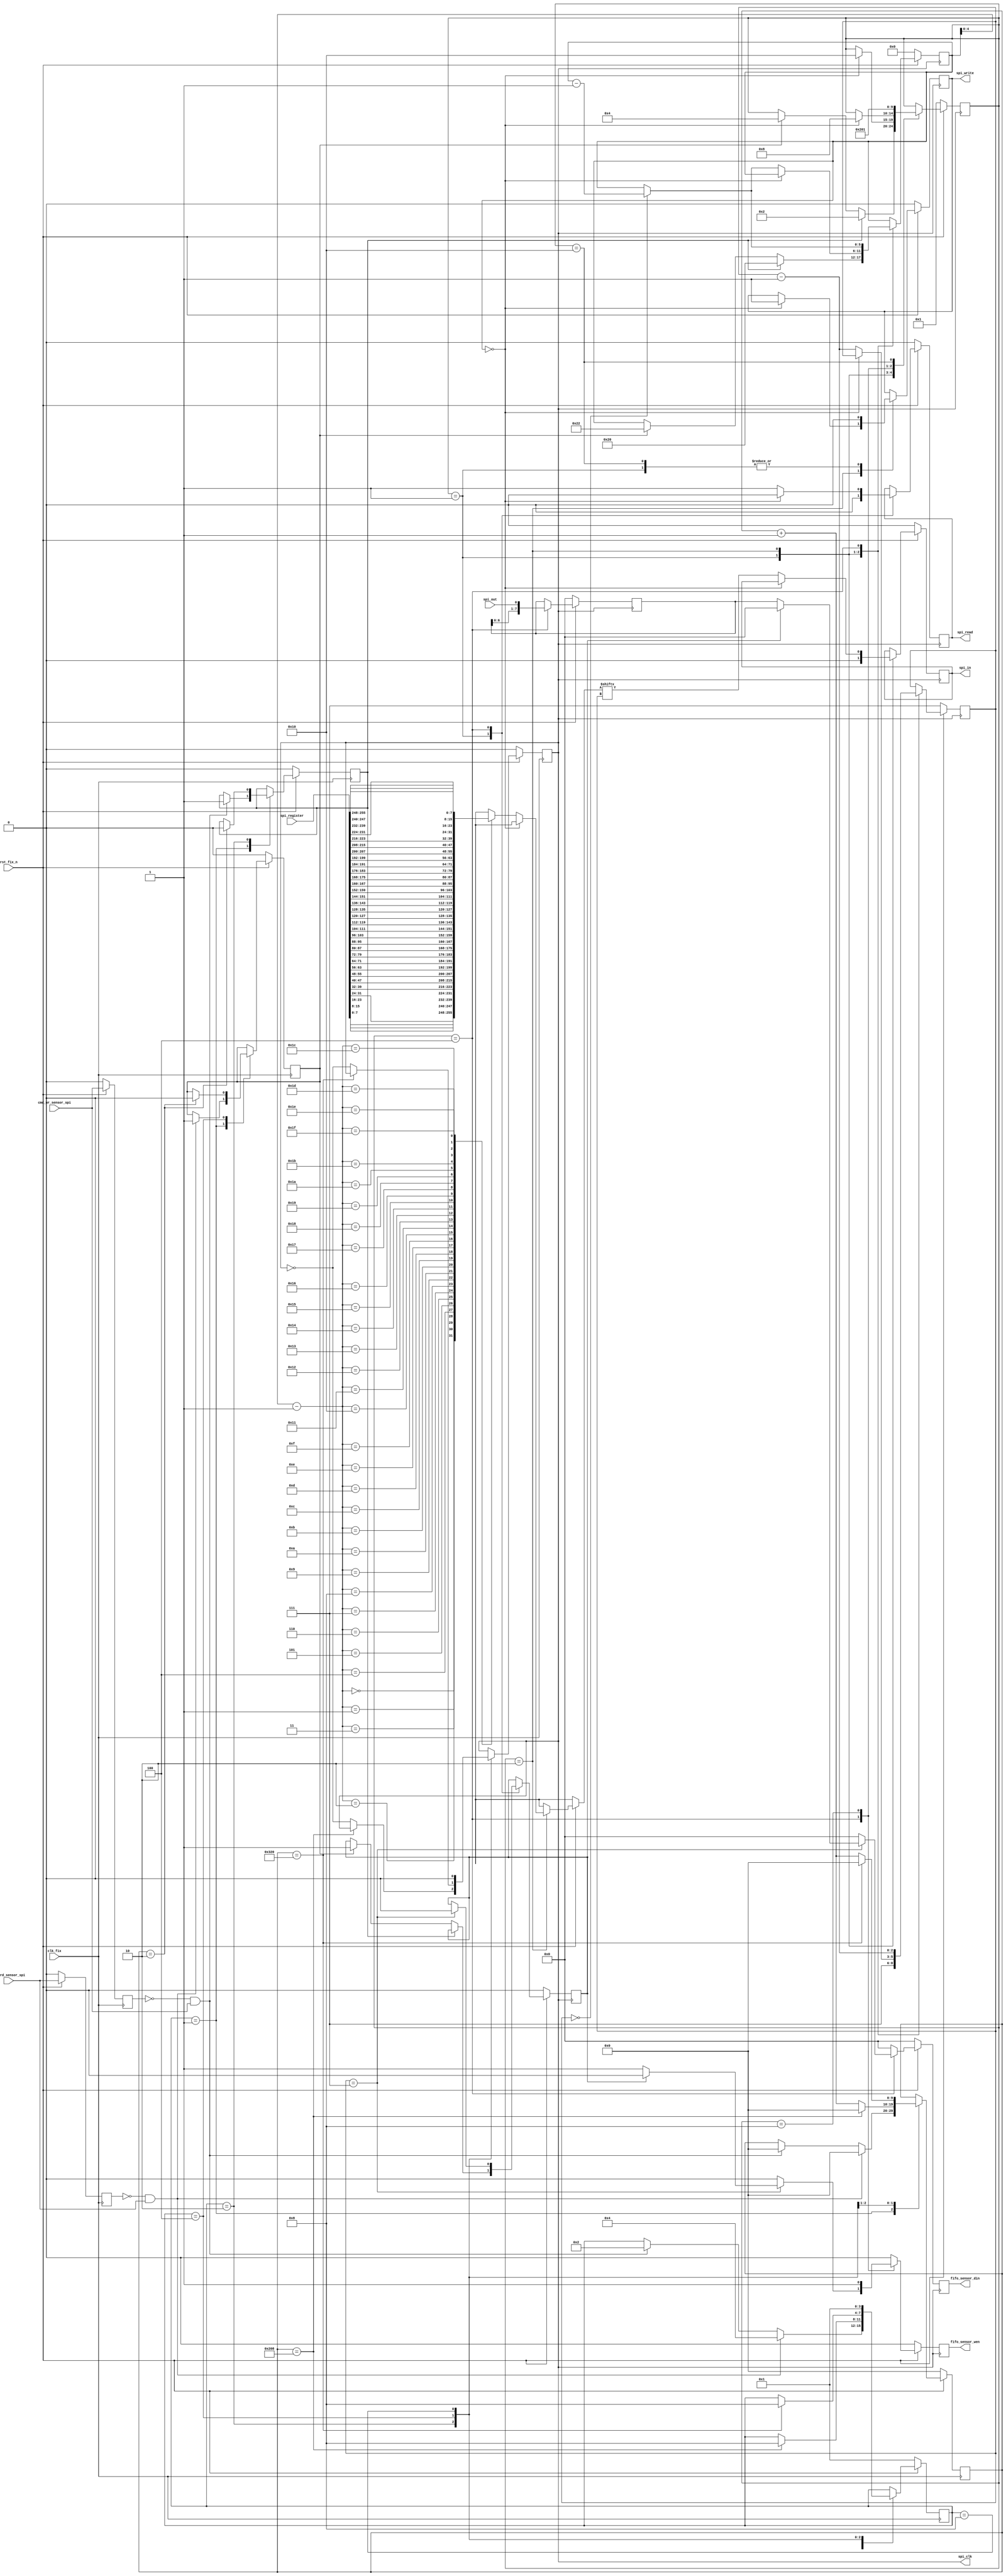
`timescale 1ns / 1ps
//////////////////////////////////////////////////////////////////////////////////
// Company: 			Gpixel
// 
// Module Name:    	sensor_spi 
// Project Name: 		GVISION200
// Target Devices: 	Spartan-6 xc6slx150-3fg900
// Tool versions: 	ISE13.1
// Description: 		Gvision200 5-wire spi, to write and read Gvision400 register
// Revision: 
// 		V1.0-First created
//////////////////////////////////////////////////////////////////////////////////
module sensor_spi(clk_fix, rst_fix_n, 
	cmd_wr_sensor_spi, cmd_rd_sensor_spi,
	spi_register,
	spi_out, spi_clk, spi_write, spi_in, spi_read,
	fifo_sensor_wen, fifo_sensor_din
	);

	// clock & reset
	input				clk_fix;
	input				rst_fix_n;
	
	// cmd
	input				cmd_wr_sensor_spi;
	input				cmd_rd_sensor_spi;
	
	// rb2 interface
	input  [255:0]	spi_register;
	
	// spi_io
	input				spi_out;
	output			spi_clk;
	output			spi_write;
	output			spi_in;
	output			spi_read;
	
	// data interface
	output			fifo_sensor_wen;
	output [7:0]	fifo_sensor_din;
	
	
	reg 			 	spi_write;
	reg 			 	spi_in;
	reg 			 	spi_read;
	
	reg 			 	fifo_sensor_wen;
	reg  [7:0] 	 	fifo_sensor_din;
	
	reg				rst_spll_n;

	reg  [9:0]		cnt_spi_clk;
	reg				spi_clk_out;
	reg				cmd_wr_sensor_spi_q;
	reg				cmd_rd_sensor_spi_q;
	reg  [3:0]		fsm_gen_spi_clk;
	parameter		s_GEN_CLK_IDLE		= 4'b0001,
						s_GEN_CLK_WR		= 4'b0010,
						s_GEN_CLK_RD		= 4'b0100,
						s_GEN_CLK_FINISH	= 4'b1000;

	wire [7:0]		rb2 [31:0];
	
	reg [2:0] 	 	reg_cnt_bit;					// counter for bits
	reg [5:0] 	 	reg_cnt_byte;					// counter for bytes
	reg [7:0] 	 	reg_spi_dout;					// buffer for read sensor spi data
	reg 		 	 	reg_rd_flag;

	reg [4:0] 	 	fsm_sensor_spi;				// FSM
	parameter 	 	s_IDLE 			= 5'b00001,
						s_TRANSMITTER 	= 5'b00010,
						s_RECEIVER 		= 5'b00100,
						s_WRITE_ZERO	= 5'b01000,
						s_FINISH 		= 5'b10000;
	
	reg				wr_flag;
	reg				rd_flag;
	
	genvar i;
	// store sensor register data to memory
	generate
		for(i = 0; i < 32; i = i+1) begin: loop
			assign rb2[i] = spi_register[i*8+7: i*8];
		end
	endgenerate
	
	// gen_spi_clk
	always @(posedge clk_fix) begin
		if (!rst_fix_n) begin
			cnt_spi_clk					<= 10'd0;
			spi_clk_out					<= 1'b0;
			
			cmd_wr_sensor_spi_q		<= 1'b0;
			cmd_rd_sensor_spi_q		<= 1'b0;
			
			fsm_gen_spi_clk			<= s_GEN_CLK_IDLE;
			
			wr_flag						<= 1'b0;
			rd_flag						<= 1'b0;
		end
		else begin
			cmd_wr_sensor_spi_q		<= cmd_wr_sensor_spi;
			cmd_rd_sensor_spi_q		<= cmd_rd_sensor_spi;
			
			case (fsm_gen_spi_clk)
				s_GEN_CLK_IDLE:	begin
					if (cmd_wr_sensor_spi_q == 1'b0 && cmd_wr_sensor_spi == 1'b1) begin
						fsm_gen_spi_clk	<= s_GEN_CLK_WR;
						cnt_spi_clk			<= 10'd0;
						wr_flag				<= 1'b1;
					end
					if (cmd_rd_sensor_spi_q == 1'b0 && cmd_rd_sensor_spi == 1'b1) begin
						fsm_gen_spi_clk	<= s_GEN_CLK_RD;
						cnt_spi_clk			<= 10'd0;
						rd_flag				<= 1'b1;
					end
				end
				s_GEN_CLK_WR:		begin
					if (cnt_spi_clk == 10'd520) begin
						cnt_spi_clk			<= 10'd0;
						fsm_gen_spi_clk	<= s_GEN_CLK_FINISH;
					end
					else begin
						cnt_spi_clk			<= cnt_spi_clk + 10'd1;
						spi_clk_out			<= ~ spi_clk_out;
					end
					
					if (cnt_spi_clk == 10'd2) begin
						wr_flag				<= 1'b0;
					end
				end
				s_GEN_CLK_RD:		begin
					if (cnt_spi_clk == 10'd800) begin
						cnt_spi_clk			<= 10'd0;
						fsm_gen_spi_clk	<= s_GEN_CLK_FINISH;
					end
					else begin
						cnt_spi_clk			<= cnt_spi_clk + 10'd1;
						spi_clk_out			<= ~ spi_clk_out;
					end
					
					if (cnt_spi_clk == 10'd2) begin
						rd_flag				<= 1'b0;
					end
				end
				s_GEN_CLK_FINISH:	begin
					fsm_gen_spi_clk	<= s_GEN_CLK_IDLE;
					spi_clk_out			<= 1'b0;
				end
			endcase
		end
	end
	
	assign spi_clk	= spi_clk_out;

	always @(negedge spi_clk) begin
		if (!rst_fix_n) begin
			fsm_sensor_spi 	<= s_IDLE;
			spi_write 			<= 0;
			spi_read 			<= 0;
			spi_in 				<= 0;
			reg_cnt_bit			<= 3'b111;
			reg_cnt_byte		<= 6'b00_0000;
			reg_spi_dout		<= 8'b0000_0000;
			reg_rd_flag			<= 0;
			
			fifo_sensor_wen 	<= 0;
			fifo_sensor_din	<= 0;
		end
		
		else begin
		
			fifo_sensor_wen	<= 0;
			fifo_sensor_din	<= 0;
			
			case (fsm_sensor_spi)
				s_IDLE:			begin
										spi_write 		<= 0;
										spi_read 		<= 0;
										spi_in 			<= 0;
										reg_cnt_bit		<= 3'b111;

										if (wr_flag == 1'b1)begin
											fsm_sensor_spi		<= s_TRANSMITTER;
											reg_cnt_byte		<= 6'b10_0000;
										end
										else begin 
											if(rd_flag == 1'b1) begin
												fsm_sensor_spi		<= s_RECEIVER;
												reg_cnt_byte		<= 6'b10_0010;
												reg_rd_flag			<= 1;
											end
										end
									end
									
				s_TRANSMITTER:	begin
										if (reg_cnt_byte == 6'b00_0000) begin
											fsm_sensor_spi 	<= s_FINISH;
											spi_write 			<= 1;
										end
										else begin
											if (reg_cnt_bit == 3'b000) begin
												reg_cnt_bit 	<= 3'b111;
												reg_cnt_byte 	<= reg_cnt_byte - 6'd1;
											end
											spi_in				<= rb2[reg_cnt_byte-1][reg_cnt_bit];
											reg_cnt_bit 		<= reg_cnt_bit - 3'd1;
										end
									end
									
				s_RECEIVER:		begin
										spi_read <= 1;
										if (reg_cnt_byte == 6'b00_0000) begin
											fsm_sensor_spi 	<= s_WRITE_ZERO;
											spi_read 			<= 0;
										end
										if (reg_cnt_bit == 3'b000) begin
											reg_cnt_bit 		<= 3'b111;
											reg_cnt_byte 		<= reg_cnt_byte - 6'd1;
										end
										if (reg_cnt_bit == 3'b111) begin
											if(reg_rd_flag == 1)
												reg_rd_flag 		<= 0;
											else begin
												fifo_sensor_wen 	<= 1;
												fifo_sensor_din 	<= reg_spi_dout;//rb2[reg_cnt_byte-2];
											end
										end
										reg_spi_dout		<= {reg_spi_dout[6:0],spi_out};
										reg_cnt_bit 		<= reg_cnt_bit - 3'd1;
									end
				s_WRITE_ZERO:	begin
										fifo_sensor_wen	<= 1;
										fifo_sensor_din	<= 8'd0;
										fsm_sensor_spi 	<= s_FINISH;
									end
				s_FINISH:		begin
										spi_write 			<= 0;
										fsm_sensor_spi		<=	s_IDLE;
									end
			endcase
		end
	end
	
endmodule